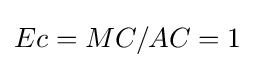
Ec=MC/AC=1